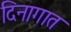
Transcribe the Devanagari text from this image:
दिनागात